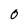
Character: 0